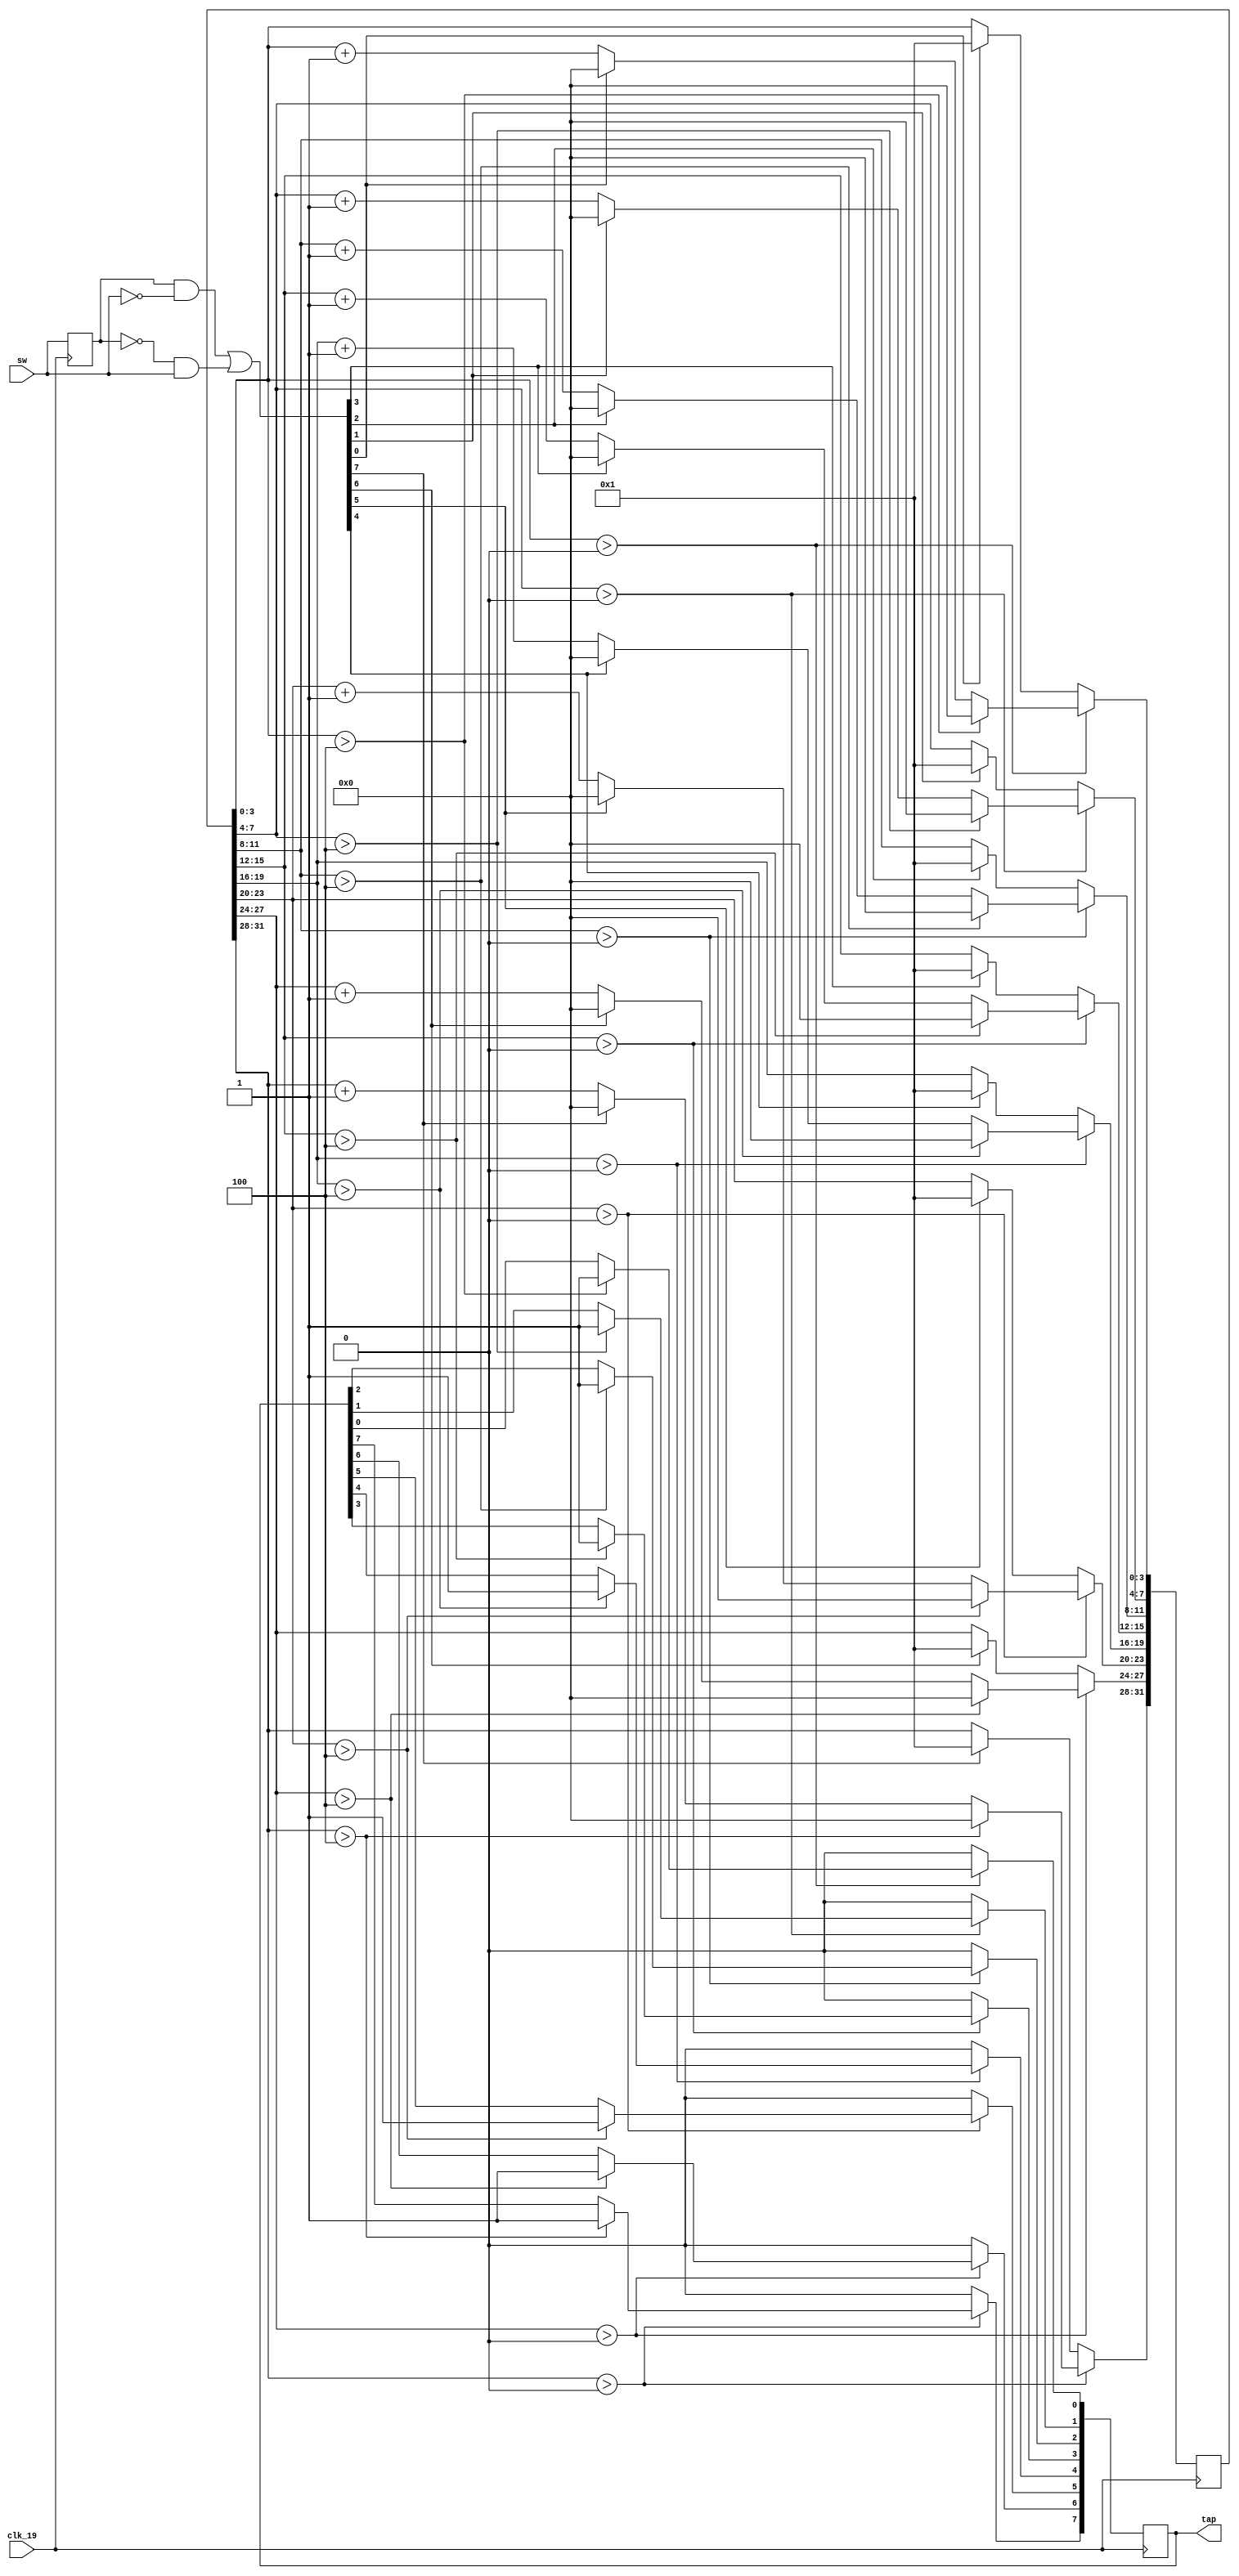
`timescale 1ns / 1ps
//////////////////////////////////////////////////////////////////////////////////
// Company: 
// Engineer: 
// 
// Design Name: 
// Module Name: wam_tap
// Project Name: 
// Target Devices: 
// Tool Versions: 
// Description: 
// 
// Dependencies: 
// 
// Revision:
// Revision 0.01 - File Created
// Additional Comments:
// 
//////////////////////////////////////////////////////////////////////////////////


module wam_tap (            // input switch
    input wire clk_19,
    input wire [7:0] sw,
    output reg [7:0] tap    // active high
    );

    reg [7:0]  sw_pre;      // last status
    wire [7:0] sw_edg;      // bilateral edge trigger
    reg [31:0] sw_cnt;      // state machine counter
    integer i;              // switch selector

    always @(posedge clk_19)    // bilateral edge detection
        sw_pre <= sw;
    assign sw_edg = ((sw_pre) & (~sw)) | ((~sw_pre) & (sw));

    always @ (posedge clk_19) begin
        for (i=0; i<8; i=i+1) begin
            if (sw_cnt[4*i+:4] > 0) begin               // filtering
                if (sw_cnt[4*i+:4] > 4'b0100) begin     // stable
                    sw_cnt[4*i+:4] <= 4'b0000;
                    tap[i] <= 1;                        // output status
                end
                else begin
                    if (sw_edg[i]) begin                // if switch then back to idle
                        sw_cnt[4*i+:4] <= 0;
                    end
                    else begin                          // count
                        sw_cnt[4*i+:4] <= sw_cnt[4*i+:4] + 1;
                    end
                end
            end
            else begin                                  // idle
                tap[i] <= 0;
                if (sw_edg[i]) begin                    // if switch then start filtering
                    sw_cnt[4*i+:4] <= 4'b0001;
                end
            end
        end
    end
endmodule // wam_tap